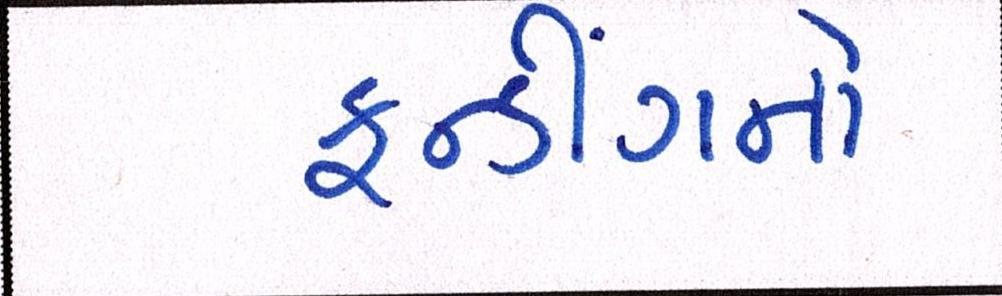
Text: ફન્ડીંગનો